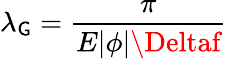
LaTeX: \lambda_{\mathsf{G}}=\frac{{\pi}}{{E|\phi|\Deltaf}}